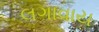
લગાવાય